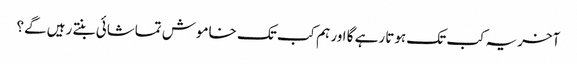
آخریہ کب تک ہوتا رہے گا اور ہم کب تک خاموش تماشائی بنتے رہیں گے؟